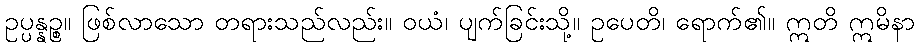
ဥပ္ပန္နဉ္စ။ ဖြစ်လာသော တရားသည်လည်း။ ဝယံ၊ ပျက်ခြင်းသို့။ ဥပေတိ၊ ရောက်၏။ ဣတိ ဣမိနာ